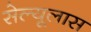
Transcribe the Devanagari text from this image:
सेल्यूलास